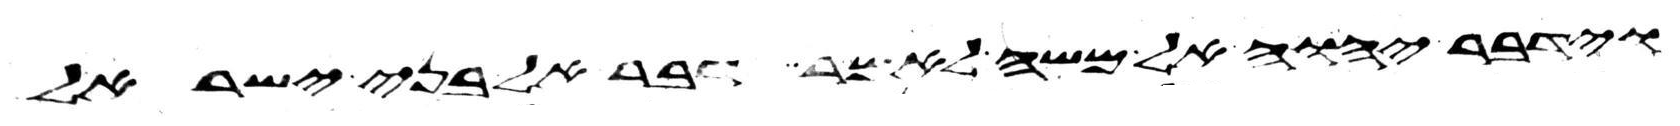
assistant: וידבר יהוה אל משה לאמר דבר אל בני ישראל